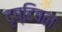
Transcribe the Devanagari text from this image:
दृष्टिबल